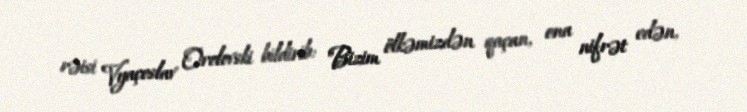
rəisi Vyaçeslav Orolovski bildirib: "Bizim ölkəmizdən qaçan, ona nifrət edən,